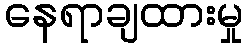
နေရာချထားမှု